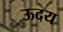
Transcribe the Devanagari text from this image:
ऊदय